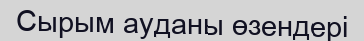
Сырым ауданы өзендері